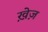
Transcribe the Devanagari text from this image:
ख़ेज़